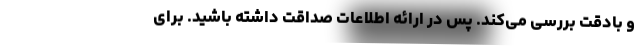
و بادقت بررسی می‌کند. پس در ارائه اطلاعات صداقت داشته باشید. برای